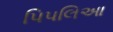
પિપલિઆ